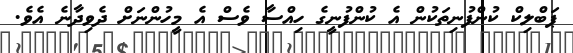
ޕަބްލިކް ކުންފުނިތަކުން އެ ކުންފުނީގެ ހިއްސާ ވެސް އެ މީހުންނަށް ދެވިދާނެ އެވެ.